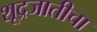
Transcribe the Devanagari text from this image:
शूद्रजातीचा